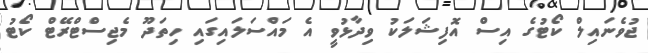
ޖުވެނައިލް ކޯޓުގެ އިސް އޮފިޝަލަކު ވިދާޅުވީ އެ މައްސަލައިގައި ހިތަދޫ މެޖިސްޓްރޭޓް ކޯޓު